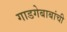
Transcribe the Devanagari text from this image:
गाडगेबाबांची